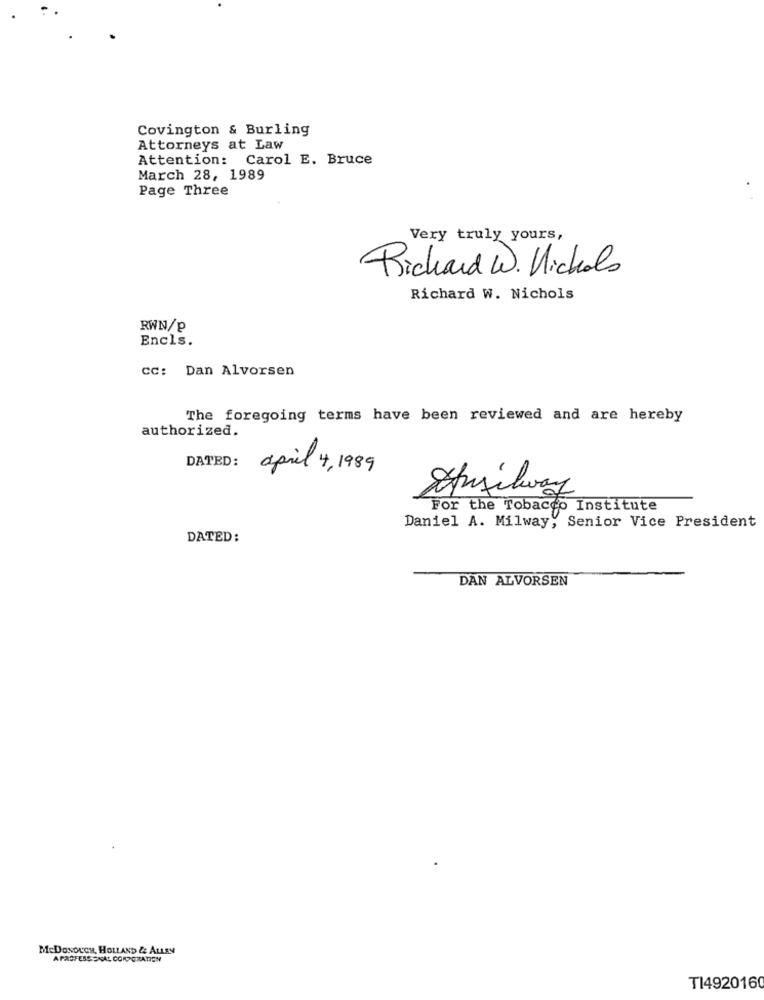
Covington & Burling
Attorneys at Law
Attention: Carol E. Bruce
March 28, 1989
Page Three
Very truly yours,
Richard W. Nichols
Richard W. Nichols
RWN/P
Encls.
cc: Dan Alvorsen
The foregoing terms have been reviewed and are hereby
authorized.
DATED:
april 4 , 1989
Auxilway
For the Tobacco Institute
Daniel A. Milway, Senior Vice President
DATED:
DAN ALVORSEN
McDosouca, HOLLAND & ALLEN
APROFESS NAL CORPORATION
TI492016